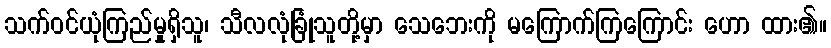
သက်ဝင်ယုံကြည်မှုရှိသူ၊ သီလလုံခြုံသူတို့မှာ သေဘေးကို မကြောက်ကြကြောင်း ဟော ထား၏။